Report on vaccination North-West Frontier Province 1904-1922 - 1904-1922
Year: 1904
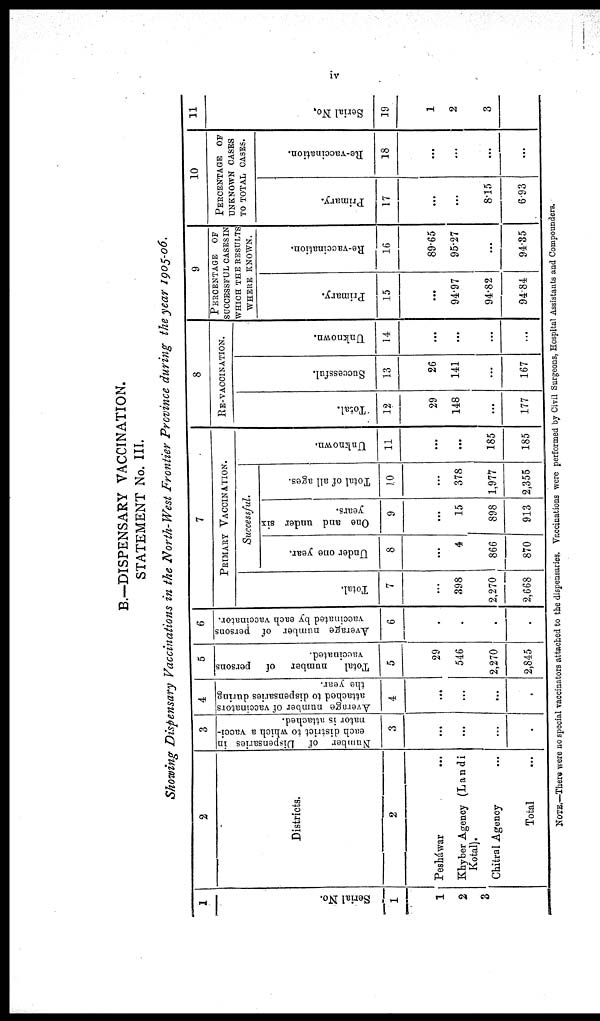
iv
B.—DISPENSARY VACCINATION.
STATEMENT No. III.
Showing Dispensary Vaccinations in the North-West Frontier Province during the year 1905-06.
1
Serial No.
1
1
2
3
2
Districts.
2
Pesháwar ...
Khyber Agency (Landi
Kotal).
Chitral Agency ...
Total ...
3
Number of Dispensaries in
each district to which a vacci¬
nator is attached.
3
...
...
...
.
4
Average number of vaccinators
attached to dispensaries during
the year.
4
...
...
...
.
5
Total
number of persons
vaccinated.
5
29
546
2,270
2,845
6
Average number of persons
vaccinated by each vaccinator.
6
.
.
.
.
7
PRIMARY VACCINATION.
Total.
7
...
398
2,270
2,668
Successful.
Under one year.
8
...
4
866
870
One and under six
years.
9
...
15
898
913
Total of all ages.
10
...
378
1,977
2,355
Unknown.
11
...
...
185
185
8
RE-VACCINATION.
Total.
12
29
148
...
177
Successful.
13
26
141
...
167
Unknown.
14
...
...
...
...
9
PERCENTAGE OF
SUCCESSFUL CASES IN
WHICH THE RESULTS
WHERE KNOWN.
Primary.
15
...
94.97
94.82
94.84
Re-vaccination.
16
89.65
95.27
...
94.85
10
PERCENTAGE OF
UNKNOWN CASES
TO TOTAL CASES.
Primary.
17
...
...
8.15
6.93
Re-vaccination.
18
...
...
...
...
11
Serial No.
19
1
2
3
NOTE.—There were no special vaccinators attached to the dispensaries. Vaccinations were performed by Civil Surgeons, Hospital Assistants and Compounders.